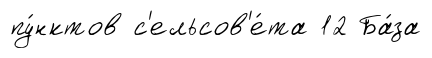
пу́нктов с'ельсов'е́та 12 Ба́за